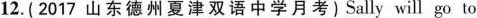
12. (2017山东德州夏津双语中学月考)Sally will go to